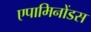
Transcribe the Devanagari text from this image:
एपामिनोंडस